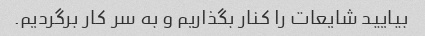
بیایید شایعات را کنار بگذاریم و به سر کار برگردیم.